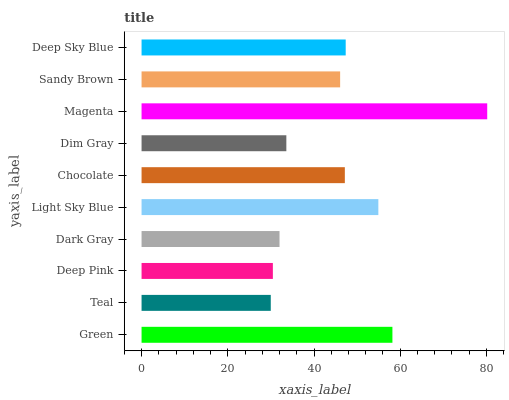
| yaxis_label | bars |
 | --- | --- |
 | Green | 58.2 |
 | Teal | 30 |
 | Deep Pink | 30.5 |
 | Dark Gray | 32 |
 | Light Sky Blue | 54.9 |
 | Chocolate | 47.2 |
 | Dim Gray | 33.6 |
 | Magenta | 80.2 |
 | Sandy Brown | 46.1 |
 | Deep Sky Blue | 47.4 |